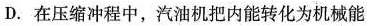
D.在压缩冲程中，汽油机把内能转化为机械能